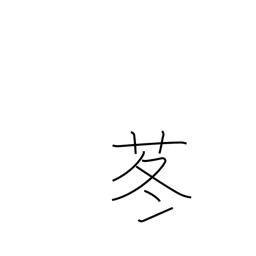
Meaning: butterbur